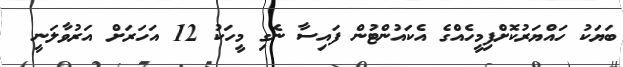
ބަޔަކު ހައްޔަރުކޮށްފިމީހެއްގެ އެކައުންޓުން ފައިސާ ނެގި މީހަކު 12 އަހަރަށް އަރުވާލަނީ